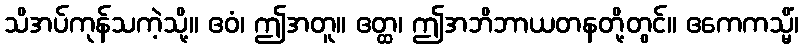
သိအပ်ကုန်သကဲ့သို့။ ဧဝံ၊ ဤအတူ။ ဧတ္ထ၊ ဤအဘိဘာယတနတို့တွင်။ ဧကေကသ္မိံ၊